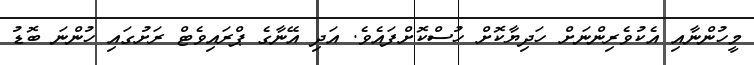
މީހުންނާއި އެކުވެރިންނަށް ހަދިޔާކޮށް ހުސްކޮށްފައެވެ. އަދި އޭނާގެ ޕްރައިވެޓް ރަށުގައި ހުންނަ ބޮޑު